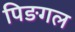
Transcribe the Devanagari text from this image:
पिङगल